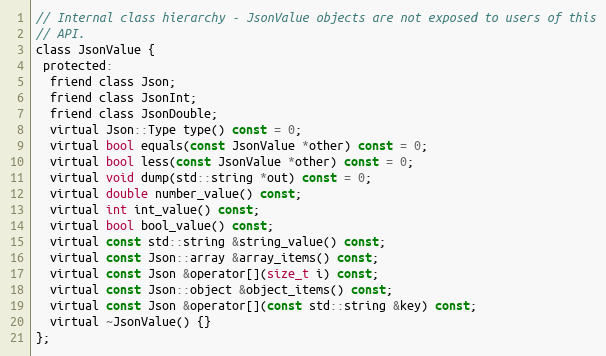
Language: C
// Internal class hierarchy - JsonValue objects are not exposed to users of this
// API.
class JsonValue {
 protected:
  friend class Json;
  friend class JsonInt;
  friend class JsonDouble;
  virtual Json::Type type() const = 0;
  virtual bool equals(const JsonValue *other) const = 0;
  virtual bool less(const JsonValue *other) const = 0;
  virtual void dump(std::string *out) const = 0;
  virtual double number_value() const;
  virtual int int_value() const;
  virtual bool bool_value() const;
  virtual const std::string &string_value() const;
  virtual const Json::array &array_items() const;
  virtual const Json &operator[](size_t i) const;
  virtual const Json::object &object_items() const;
  virtual const Json &operator[](const std::string &key) const;
  virtual ~JsonValue() {}
};